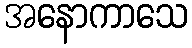
အနောကာသေ